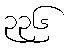
၃၃၆